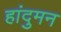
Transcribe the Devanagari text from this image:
हांदुमन